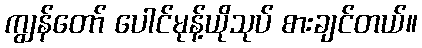
ကျွန်တော် ပေါင်မုန့်ယိုသုပ် စားချင်တယ်။